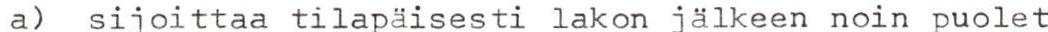
a) sijoittaa tilapäisesti lakon jälkeen noin puolet